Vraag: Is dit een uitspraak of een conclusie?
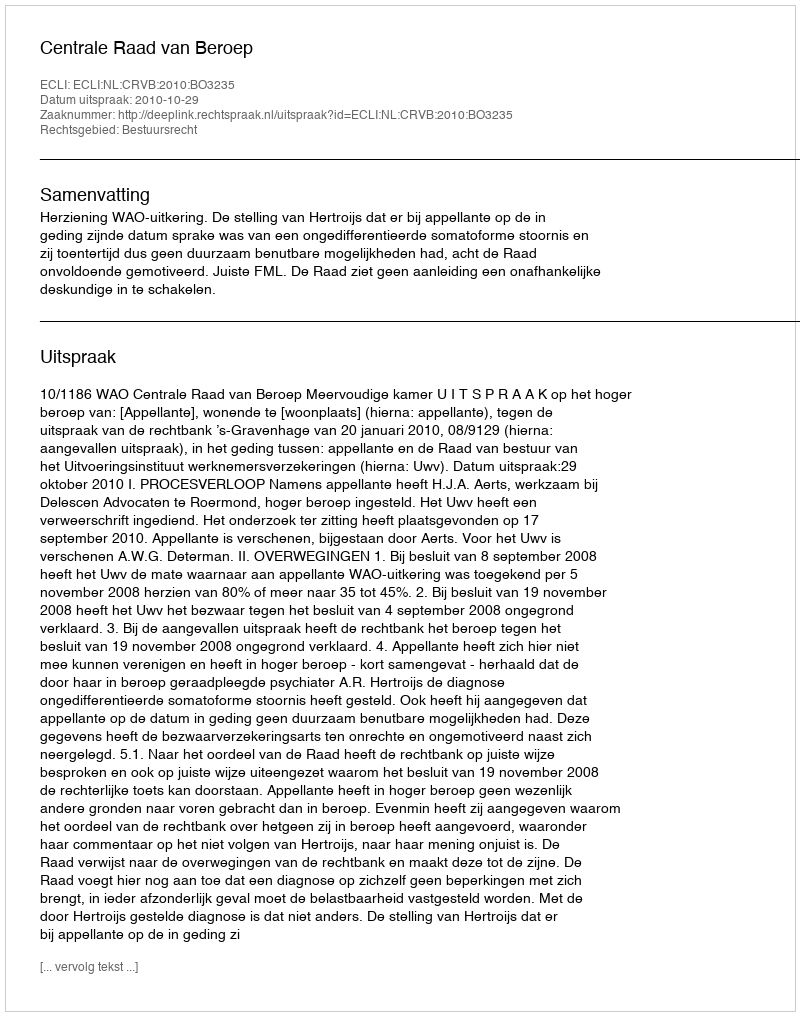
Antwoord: Uitspraak